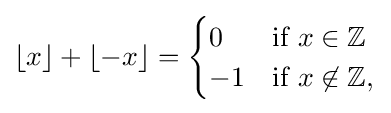
\lfloor x\rfloor +\lfloor -x\rfloor ={\begin{cases}0&{\text{if }}x\in \mathbb {Z} \\-1&{\text{if }}x\not \in \mathbb {Z} ,\end{cases}}